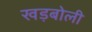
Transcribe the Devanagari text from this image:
खड़बोली